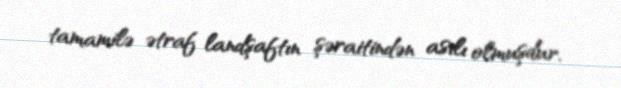
tamamilə ətraf landşaftın şəraitindən asılı olmuşdur.